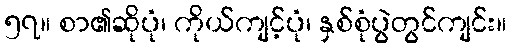
၅၇။ စာ၏ဆိုပုံ၊ ကိုယ်ကျင့်ပုံ၊ နှစ်စုံပွဲတွင်ကျင်း။